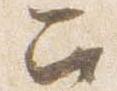
召